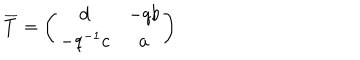
\overline { { { T } } } = \left( \begin{array} { c c } { { d } } & { { - q b } } \\ { { - q ^ { - 1 } c } } & { { a } } \\ \end{array} \right)